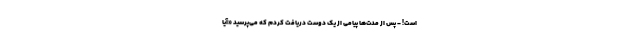
است! - پس از مدت‌ها پیامی از یک دوست دریافت کردم که می‌پرسید «آیا